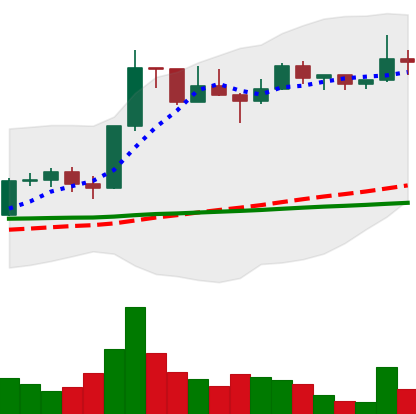
Ticker: LTC-USD
Chart end date: 2022-12-06
Forward return: -4.121%
Label: down_3_5